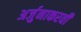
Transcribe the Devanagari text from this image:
अर्जुनाकरवी